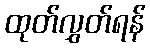
ထုတ်လွှတ်ရန်